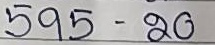
595 - 20